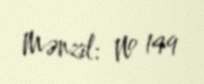
Mənzil: № 149